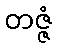
တဇ္ဇံ